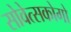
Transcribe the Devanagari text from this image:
सोवेत्सकोगो